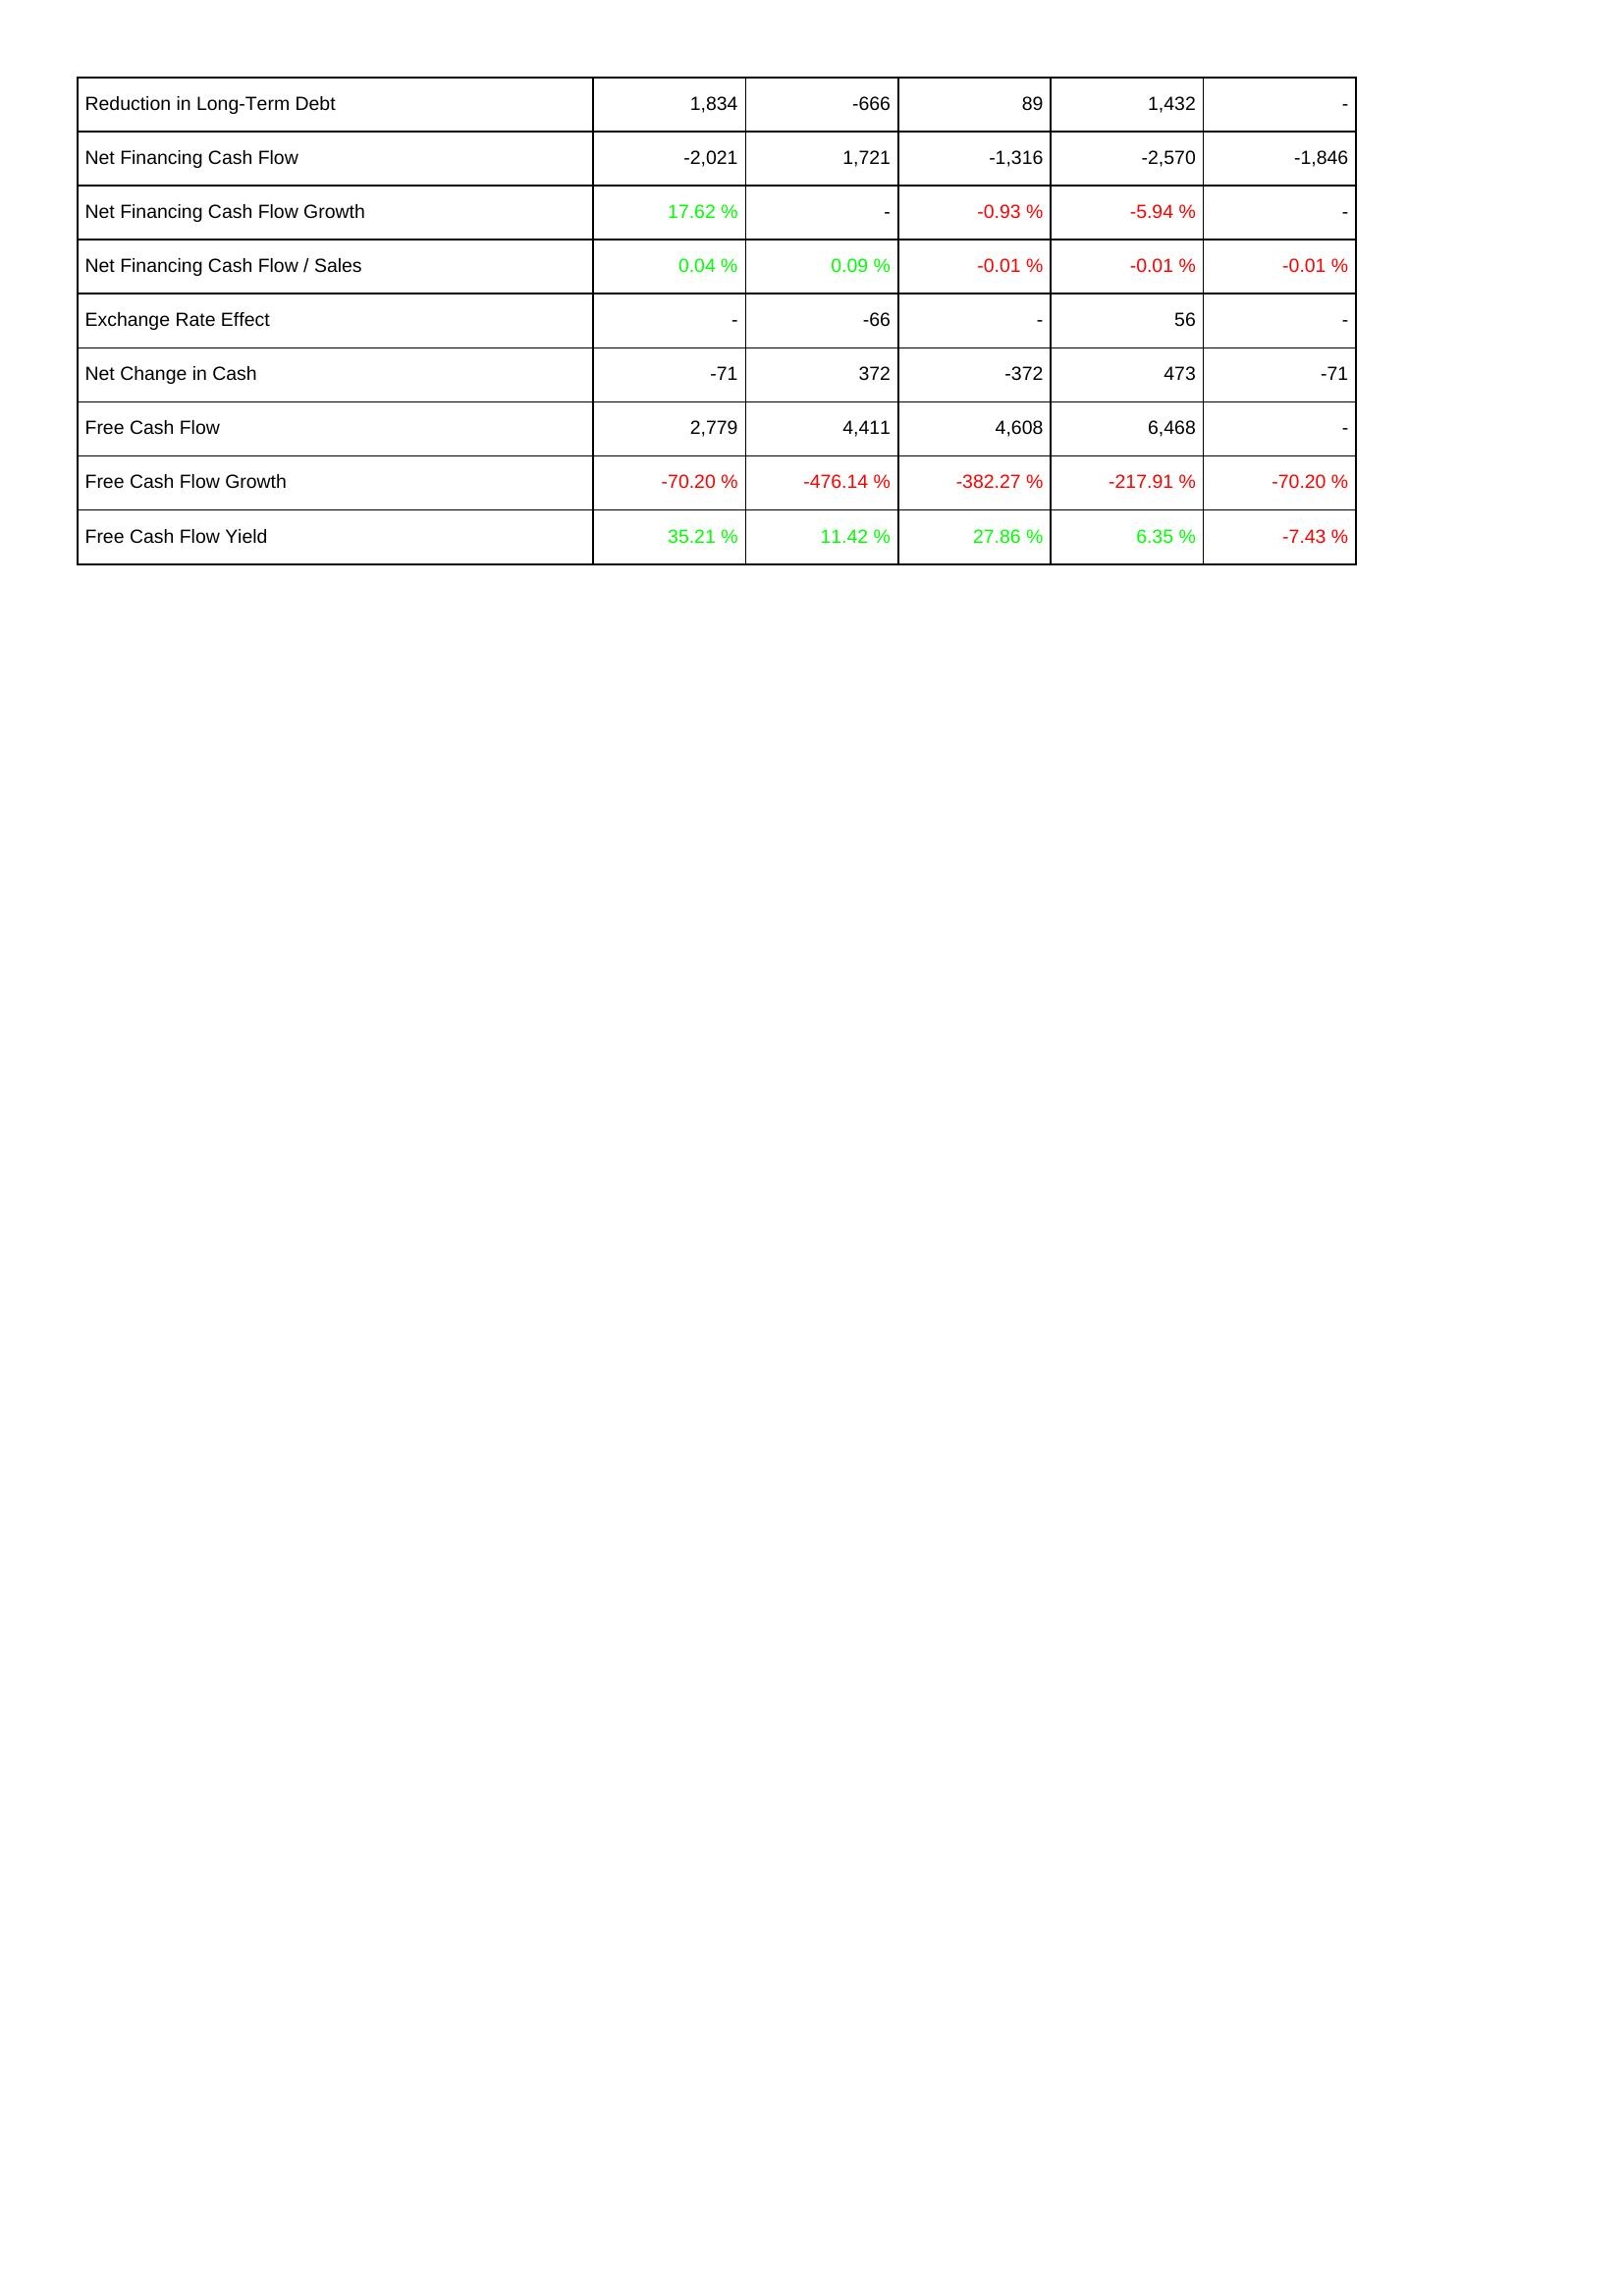
2020: Financing Activities: Reduction in Long-Term Debt: 1,834
Net Financing Cash Flow: -2,021
Net Financing Cash Flow Growth: 17.62 %
Net Financing Cash Flow / Sales: 0.04 %
Exchange Rate Effect: -
Net Change in Cash: -71
Free Cash Flow: 2,779
Free Cash Flow Growth: -70.20 %
Free Cash Flow Yield: 35.21 %
2019: Financing Activities: Reduction in Long-Term Debt: -666
Net Financing Cash Flow: 1,721
Net Financing Cash Flow Growth: -
Net Financing Cash Flow / Sales: 0.09 %
Exchange Rate Effect: -66
Net Change in Cash: 372
Free Cash Flow: 4,411
Free Cash Flow Growth: -476.14 %
Free Cash Flow Yield: 11.42 %
2018: Financing Activities: Reduction in Long-Term Debt: 89
Net Financing Cash Flow: -1,316
Net Financing Cash Flow Growth: -0.93 %
Net Financing Cash Flow / Sales: -0.01 %
Exchange Rate Effect: -
Net Change in Cash: -372
Free Cash Flow: 4,608
Free Cash Flow Growth: -382.27 %
Free Cash Flow Yield: 27.86 %
2017: Financing Activities: Reduction in Long-Term Debt: 1,432
Net Financing Cash Flow: -2,570
Net Financing Cash Flow Growth: -5.94 %
Net Financing Cash Flow / Sales: -0.01 %
Exchange Rate Effect: 56
Net Change in Cash: 473
Free Cash Flow: 6,468
Free Cash Flow Growth: -217.91 %
Free Cash Flow Yield: 6.35 %
2016: Financing Activities: Reduction in Long-Term Debt: -
Net Financing Cash Flow: -1,846
Net Financing Cash Flow Growth: -
Net Financing Cash Flow / Sales: -0.01 %
Exchange Rate Effect: -
Net Change in Cash: -71
Free Cash Flow: -
Free Cash Flow Growth: -70.20 %
Free Cash Flow Yield: -7.43 %